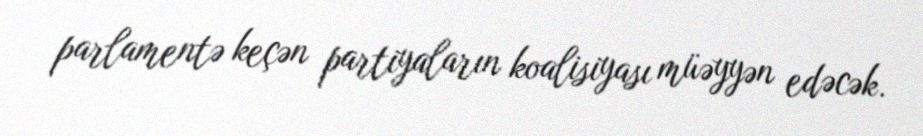
parlamentə keçən partiyaların koalisiyası müəyyən edəcək.